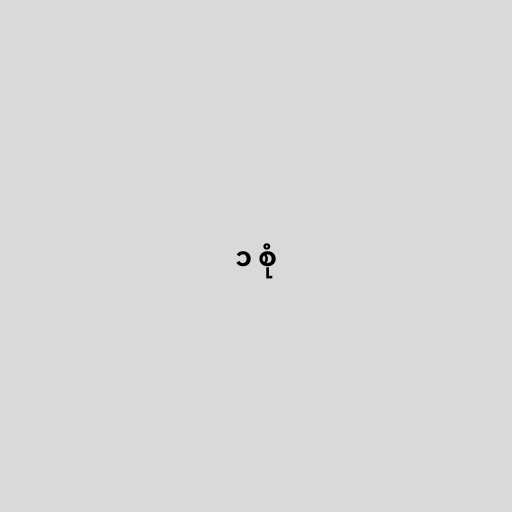
၁ စုံ